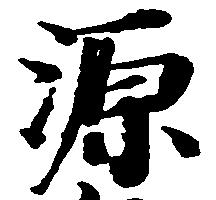
源